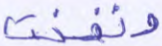
ونفخت